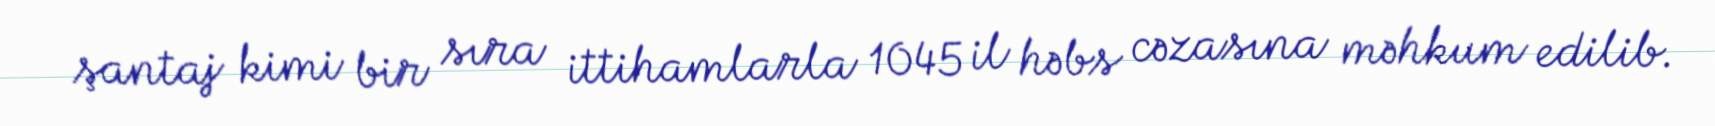
şantaj kimi bir sıra ittihamlarla 1045 il həbs cəzasına məhkum edilib.